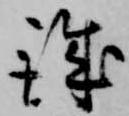
誠